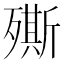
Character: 𣩠